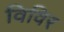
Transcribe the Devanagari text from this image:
विविर